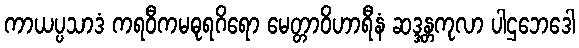
ကာယပ္ပသာဒံ ကရဝီကမဓုရဂိရော မေတ္တာဝိဟာရီနံ ဆဒ္ဒန္တကုလာ ပါဌဘေဒေါ